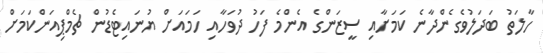
ހާލަތު ބަދަލުވެގެންދާނެ ކަމަށާއި ސީޒަންގެ އެންމެ ފަހު ދުވަހާއި ހަމައަށް ޔުނައިޓެޑުން ޗެމްޕިއަންކަމަށް